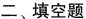
二、填空题